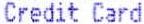
CREDIT CARD